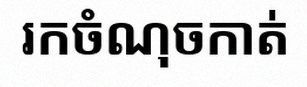
រកចំណុចកាត់